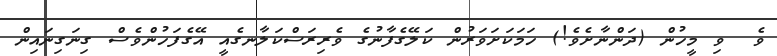
ވެ  ވި މީހުން (ދަންނާށެވެ!) ހަމަކަށަވަރުން ކަލޭގެފާނުގެ ވެރިރަސްކަލާނގެއީ އޭގެފަހުންވެސް ގިނަގިނައިން